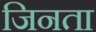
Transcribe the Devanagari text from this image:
जिनता